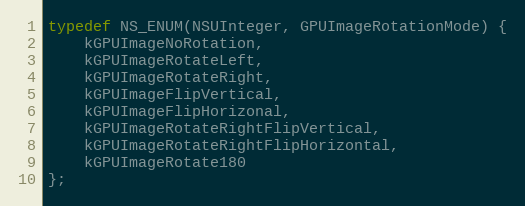
Language: C
typedef NS_ENUM(NSUInteger, GPUImageRotationMode) {
	kGPUImageNoRotation,
	kGPUImageRotateLeft,
	kGPUImageRotateRight,
	kGPUImageFlipVertical,
	kGPUImageFlipHorizonal,
	kGPUImageRotateRightFlipVertical,
	kGPUImageRotateRightFlipHorizontal,
	kGPUImageRotate180
};